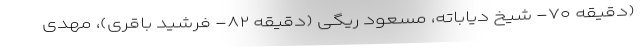
(دقیقه ۷۰- شیخ دیاباته، مسعود ریگی (دقیقه ۸۲- فرشید باقری)، مهدی